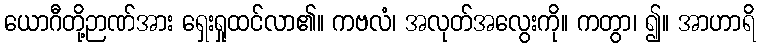
ယောဂီတို့ဉာဏ်အား ရှေးရှုထင်လာ၏။ ကဗလံ၊ အလုတ်အလွေးကို။ ကတွာ၊ ၍။ အာဟာရိ